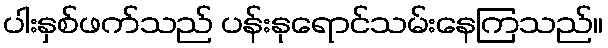
ပါးနှစ်ဖက်သည် ပန်းနုရောင်သမ်းနေကြသည်။